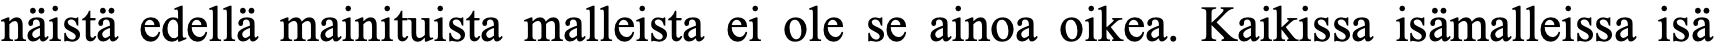
näistä edellä mainituista malleista ei ole se ainoa oikea. Kaikissa isämalleissa isä